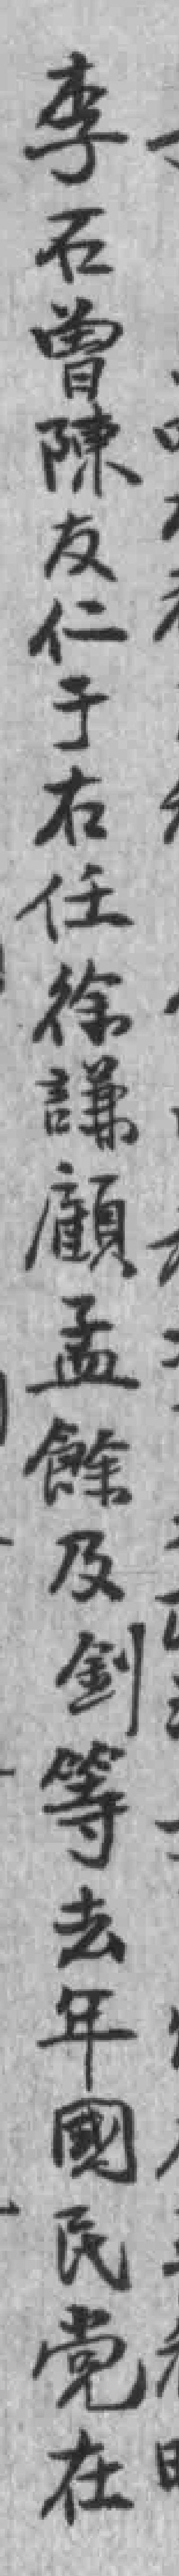
李石曾陳友仁于右任徐議顧孟餘及釗等去年國民党在